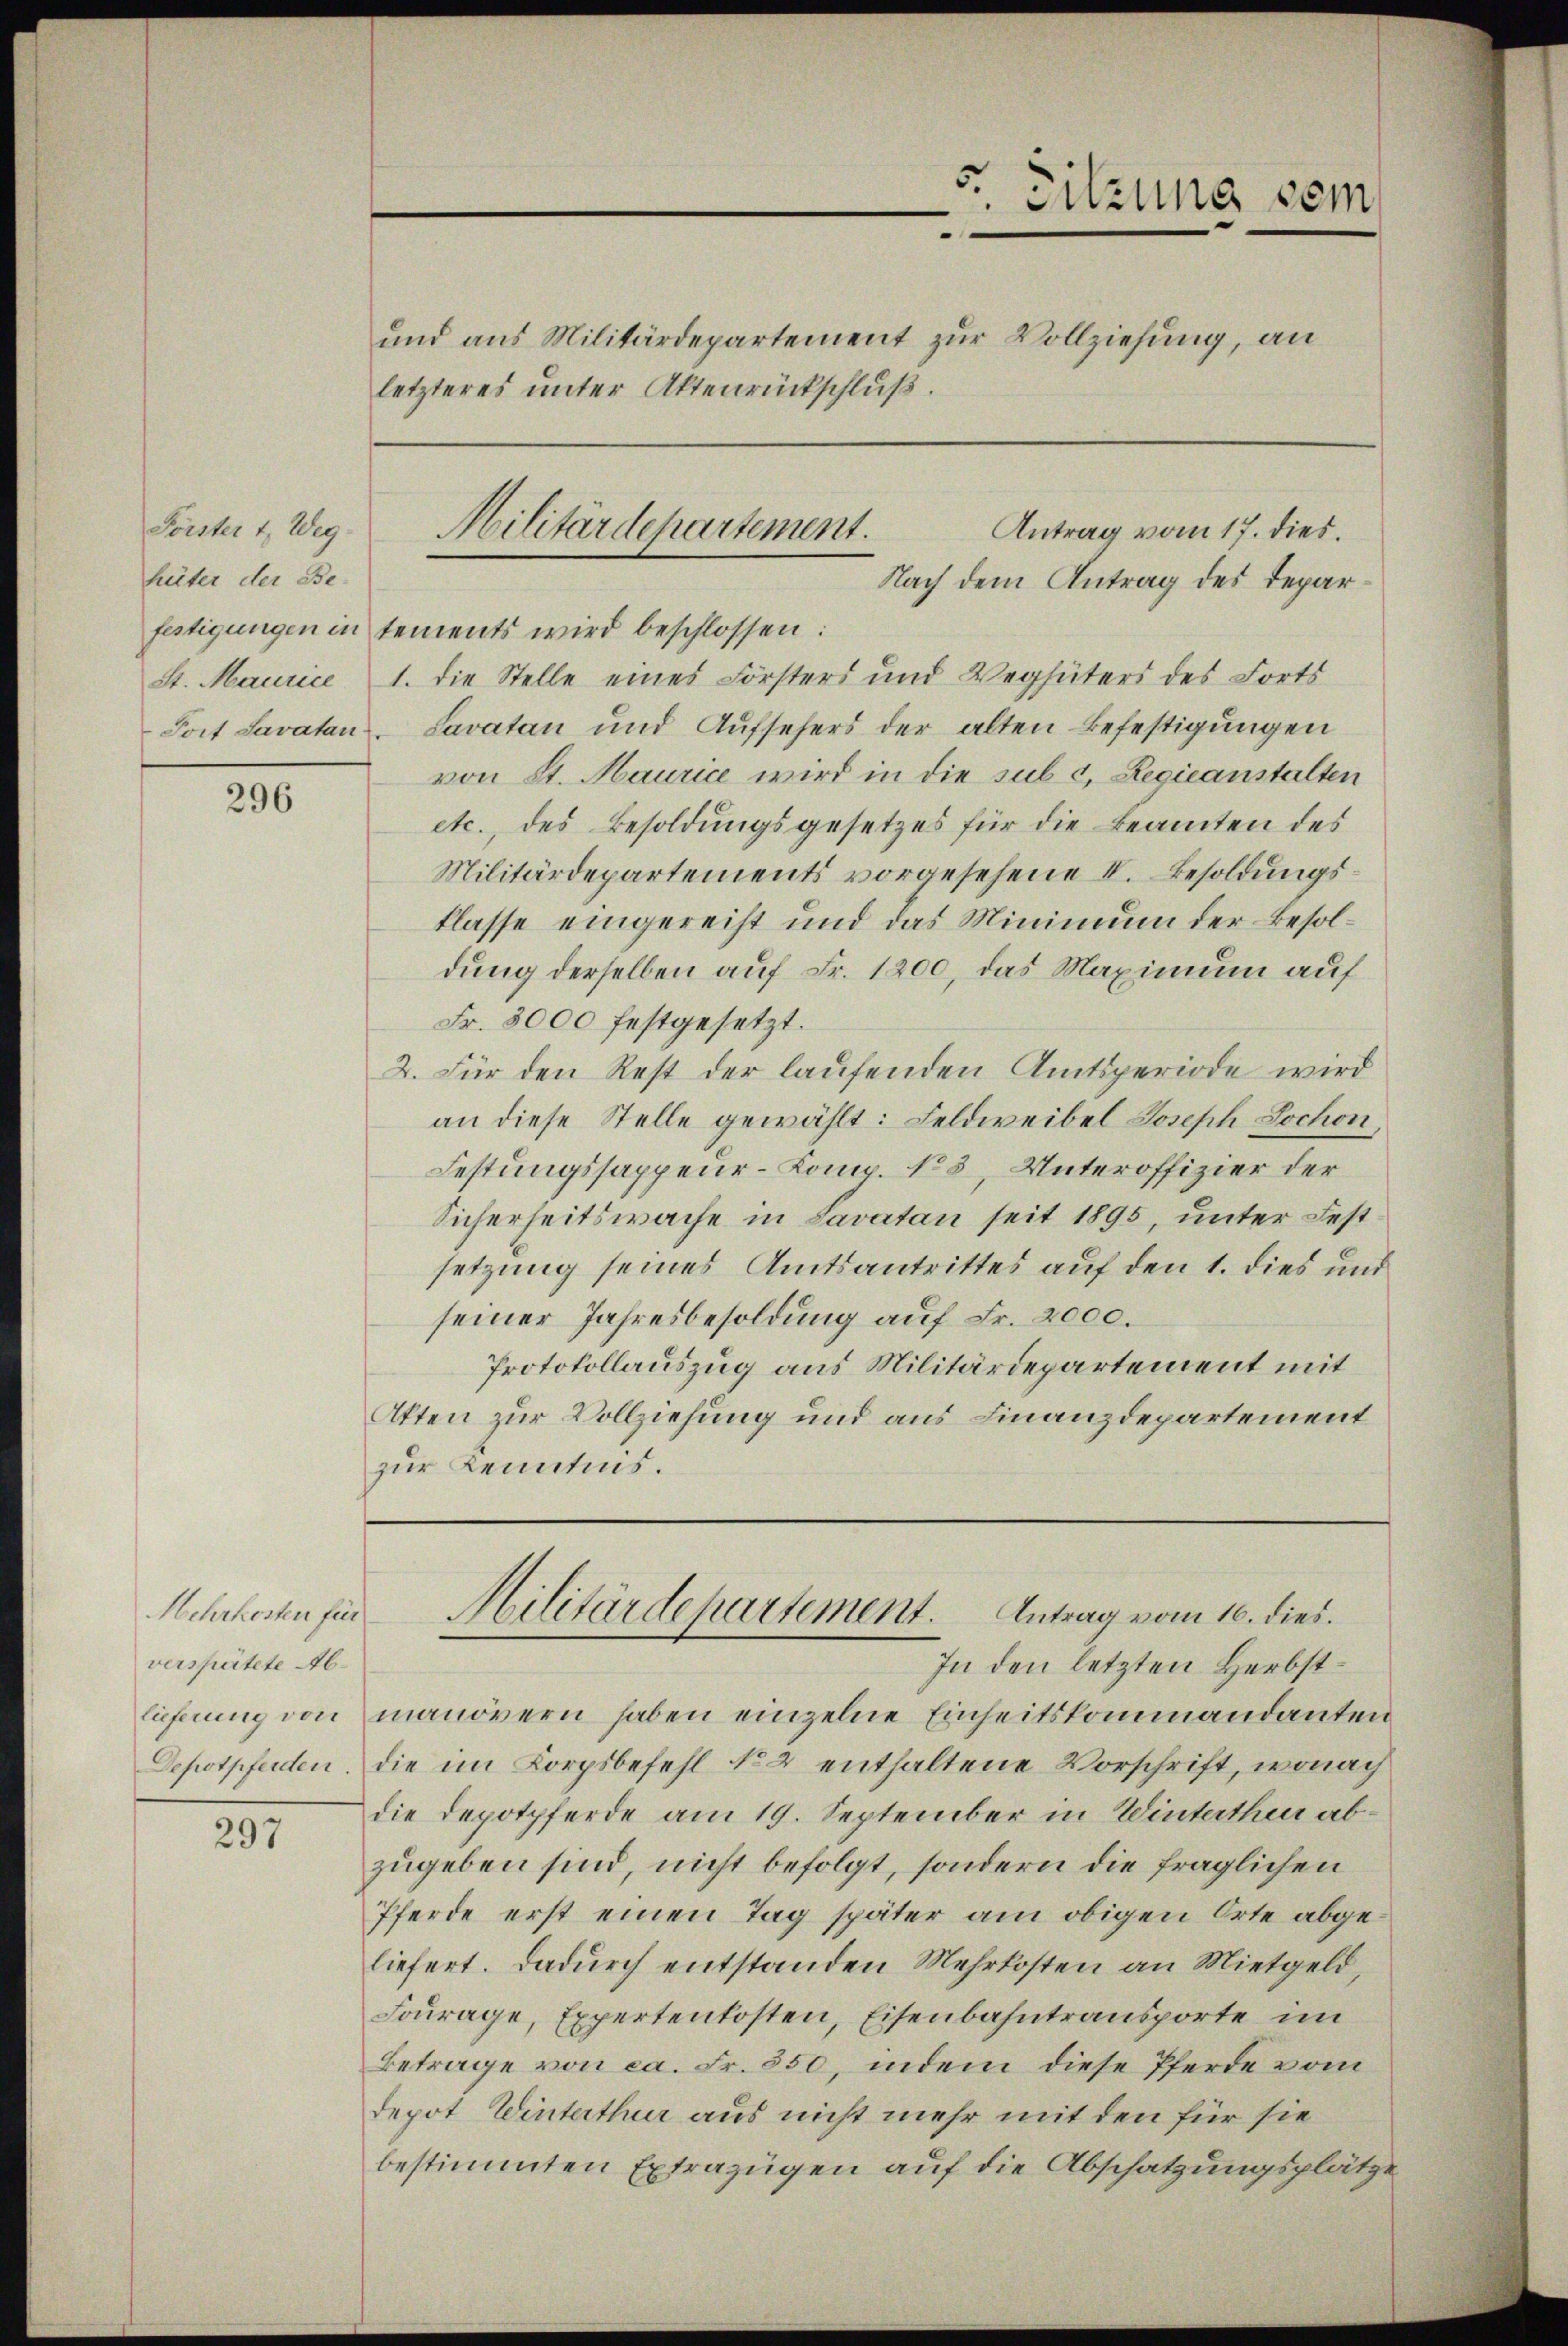
Forster 1. Weg.
hüter der Be-

296

Mehrkosten für
verspätete Ab¬

297

und aus Militärdepartement zur Vollziehung, an
letzteres unter Aktenrückschluß.

festigungen in tements wird beschlossen:
St. Maurice 1. die Stelle eines Försters und Verhüters des Forts
Post Savatan. Savatan und Aufsehers der alten Befestigungen
von St. Maurice wird in die sub c, Regieanstalten
etc., des Besoldungsgesetzes für die Beamten des
Militärdepartements vorgesehene V. Besoldungsklasse eingereiht und das Minimum der Besoldung derselben auf Fr. 1200, das Maximum auf
Fr. 3000 festgesetzt.
2. Für den Rest der laufenden Amtsperiode wird
an diese Stelle gewählt: Feldweibel Joseph Lochen,
Festungssappeur-Comp. No 5, Unteroffizier der
Sicherheitswache in Savatan seit 1895, unter Festsetzung seines Amtsantrittes auf den 1. dies und
seiner Jahresbesoldung auf Fr. 2000.
Protokollauszug aus Militärdepartement mit
Akten zur Vollziehung und aus Finanzdepartement
zur Kenntnis.

In den letzten Herbstlieferung von manövern haben einzelne Einheitskommandanten
Depotpferden. Die im Korpsbefehl No 2 enthaltene Vorschrift, wonach
die Depotpferde am 19. September in Winterthur abzugeben sind, nicht befolgt, sondern die fraglichen
Pferde erst einen Tag später am obigen Orte abgeliefert. Dadurch entstanden Mehrkosten an Mietgeld,
Fourage, Expertenkosten, Eisenbahntransporte im
Betrage von ca. Fr. 550, indem diese Pferde vom
depot Winterthur aus nicht mehr mit den für sie
bestimmten Extrazügen auf die Abschatzungsplätze

5. Sitzung sein

Militärdepartement.
Antrag vom 17. dies.
Nach dem Antrag des Depar¬

Militärdepartement. Antrag vom 16. dies.